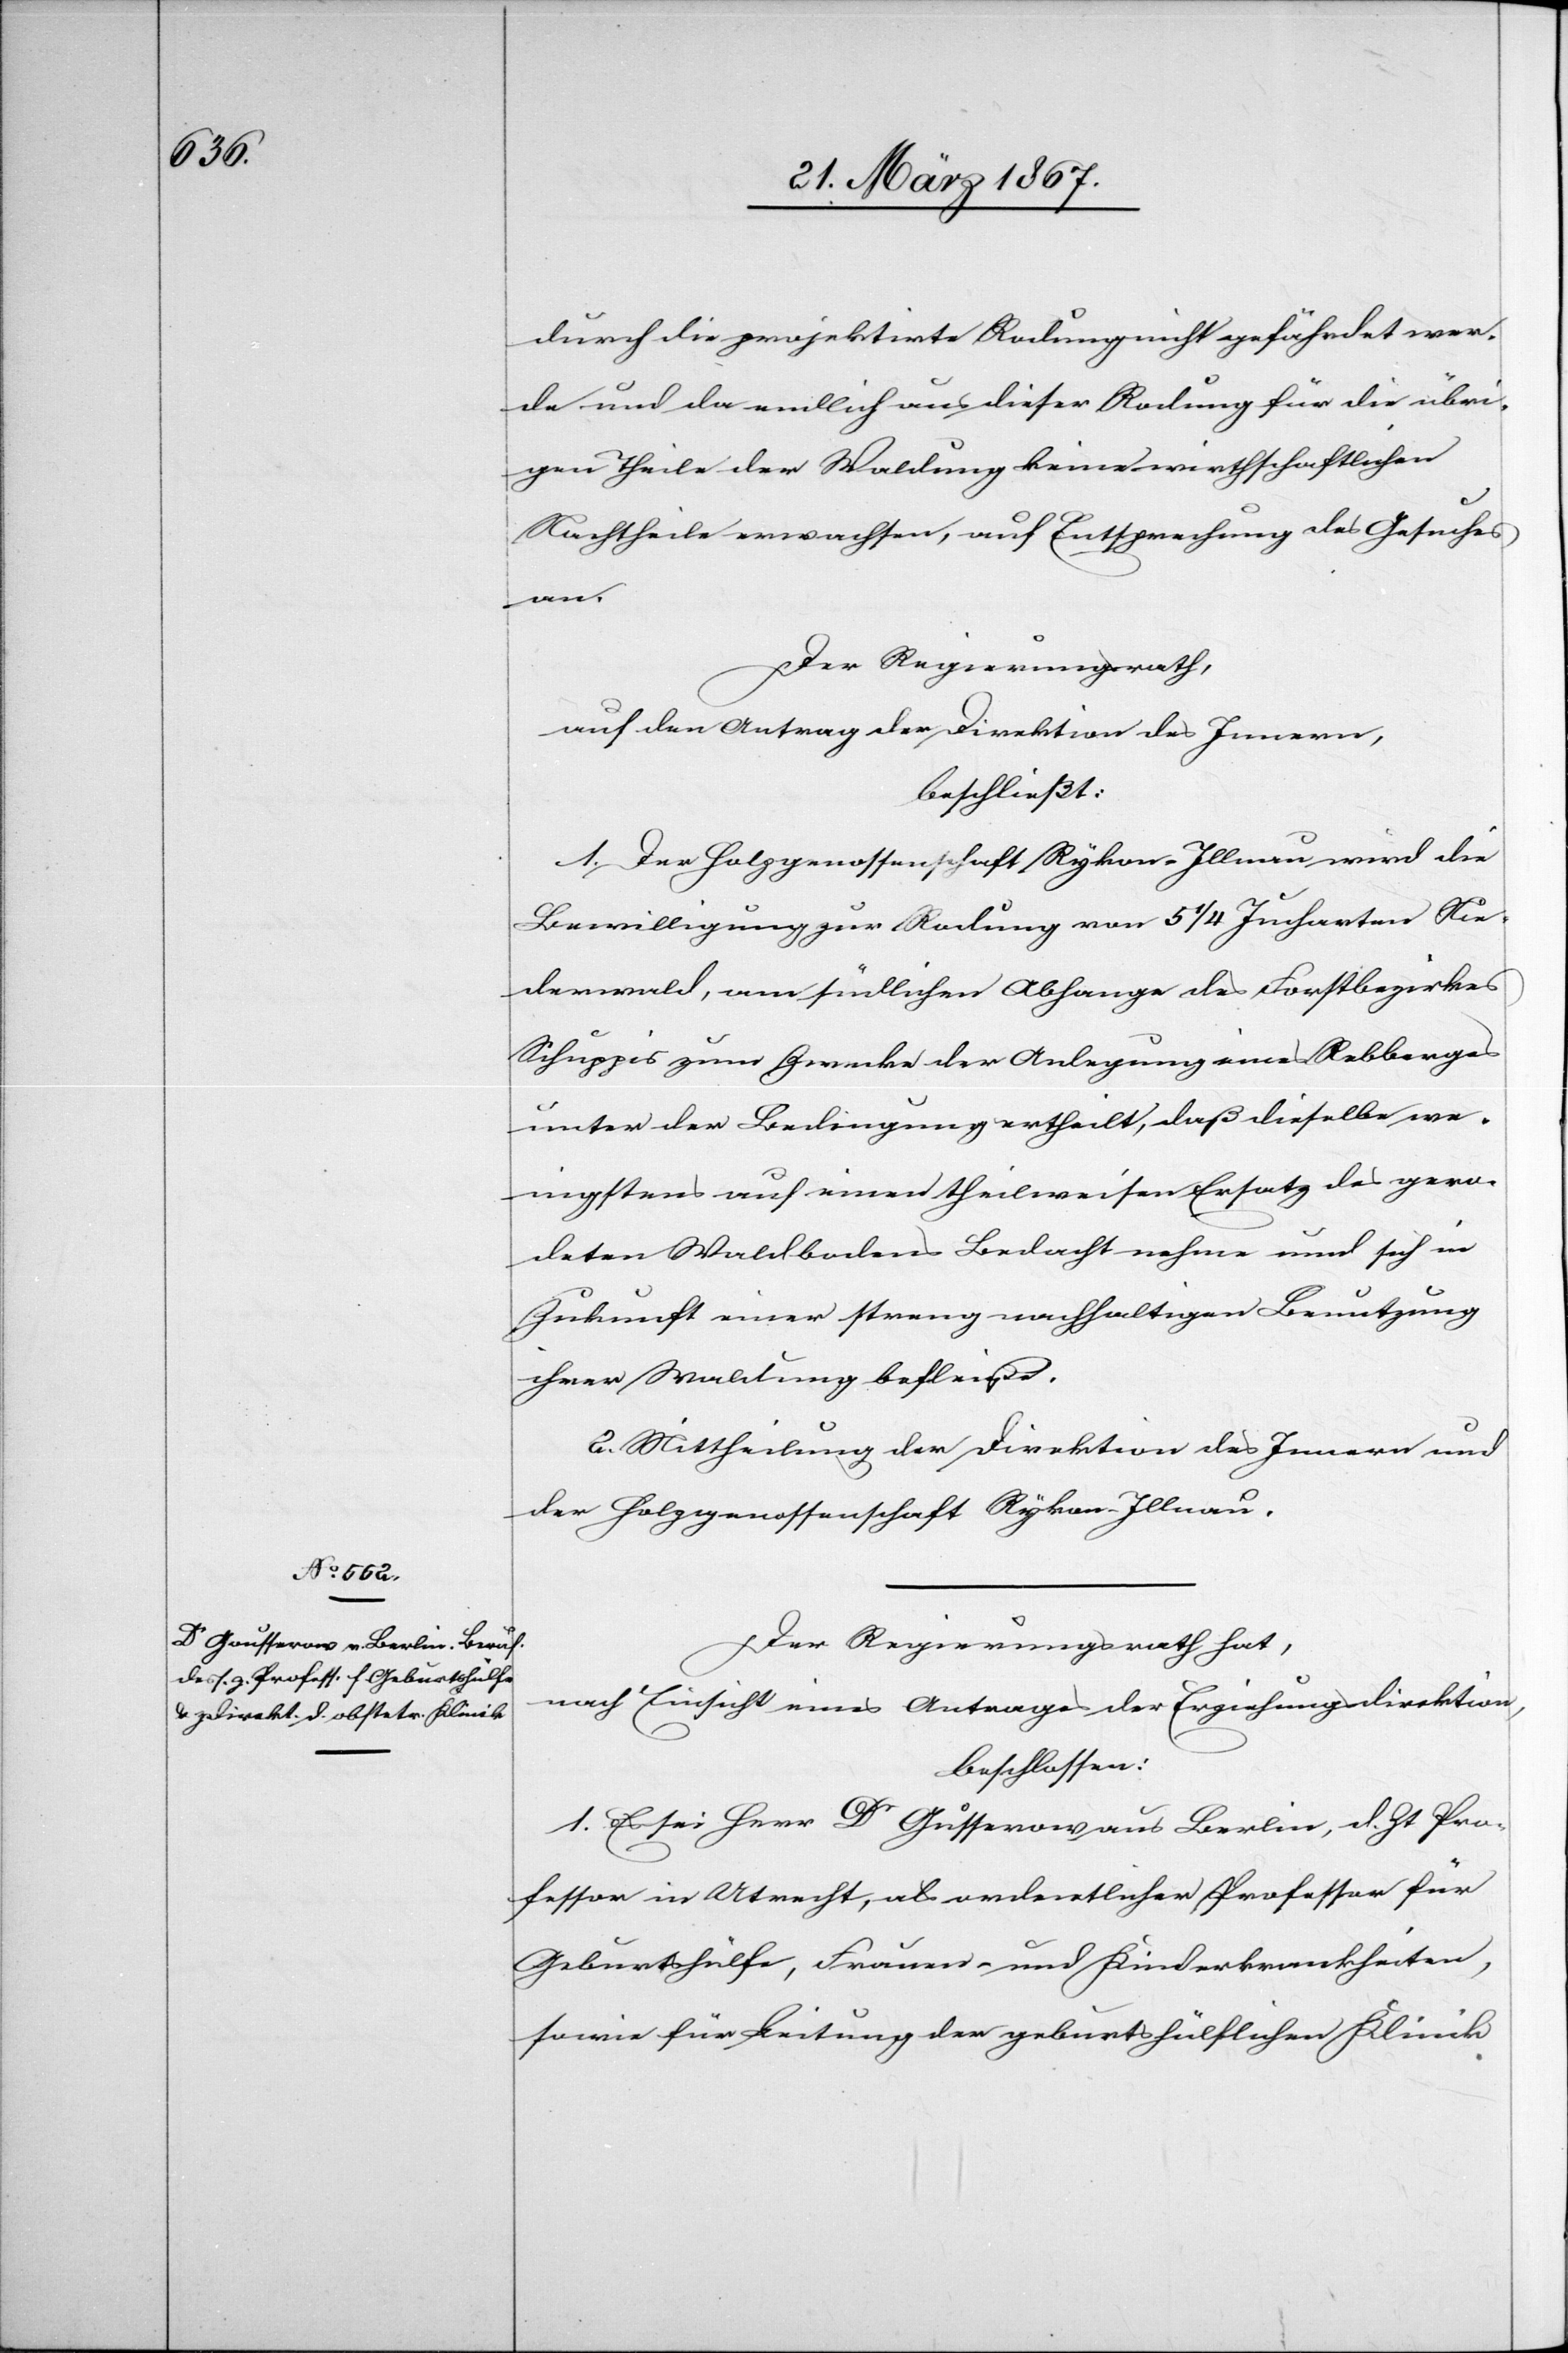
durch die projektirte Rodung nicht gefährdet wer¬
de und da endlich aus dieser Rodung für die übri¬
gen Theile der Waldung keine wirthschaftlichen
Nachtheile erwachsen, auf Entsprechung des Gesuches
an.
Der Regierungsrath,
auf den Antrag der Direktion des Innern,
beschließt:
1. Der Holzgenossenschaft Rykon-Illnau wird die
Bewilligung zur Rodung von 5 1/4 Jucharten Nie¬
derwald, am südlichen Abhange des Forstbezirkes
Schuppis zum Zwecke der Anlegung eines Rebberges
unter der Bedingung ertheilt, daß dieselbe we¬
nigstens auf einen theilweisen Ersatz des gero¬
deten Waldbodens Bedacht nehme und sich in
Zukunft einer streng nachhaltigen Benutzung
ihrer Waldung befleiße.
2. Mittheilung der Direktion des Innern und
der Holzgenossenschaft Rykon-Illnau.
Der Regierungsrath hat,
nach Einsicht eines Antrages der Erziehungsdirektion,
beschlossen:
1. Es sei Herr Dr Gusserow aus Berlin, d. Zt Pro¬
fessor in Utrecht, als ordentlicher Professor für
Geburtshülfe, Frauen- und Kinderkrankheiten,
sowie für Leitung der geburtshülflichen Klinik